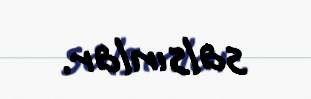
salsınlar.